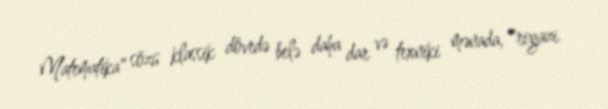
Matematika" sözü klassik dövrdə belə daha dar və texniki mənada, "riyazi